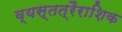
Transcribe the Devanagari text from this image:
व्यस्तत्रैराशिक